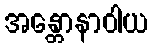
အန္တောနာဝါယ